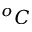
^ o C